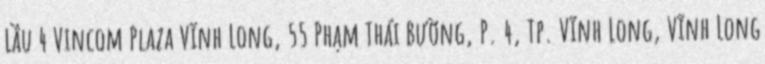
Lầu 4 Vincom Plaza Vĩnh Long, 55 Phạm Thái Bường, P. 4, Tp. Vĩnh Long, Vĩnh Long